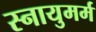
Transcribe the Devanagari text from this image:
स्नायुमर्म